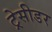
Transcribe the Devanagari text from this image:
ट्रेसीडर